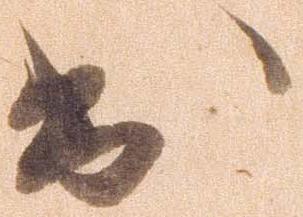
出